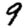
Digit: 9